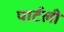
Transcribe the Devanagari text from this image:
पार्टली